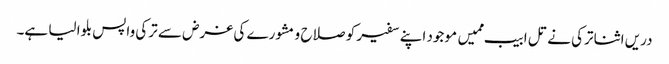
دریں اثنا ترکی نے تل ابیب ممیں موجود اپنے سفیر کو صلاح و مشورے کی غرض سے ترکی واپس بلوا لیا ہے۔